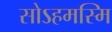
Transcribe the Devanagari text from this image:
सोऽहमस्मि